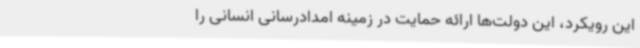
این رویکرد، این دولت‌ها ارائه حمایت در زمینه امدادرسانی انسانی را